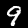
Label: 9